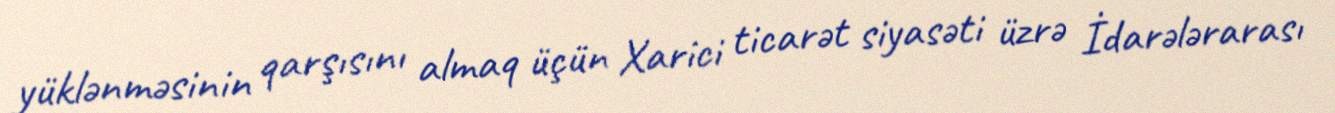
yüklənməsinin qarşısını almaq üçün Xarici ticarət siyasəti üzrə İdarələrarası